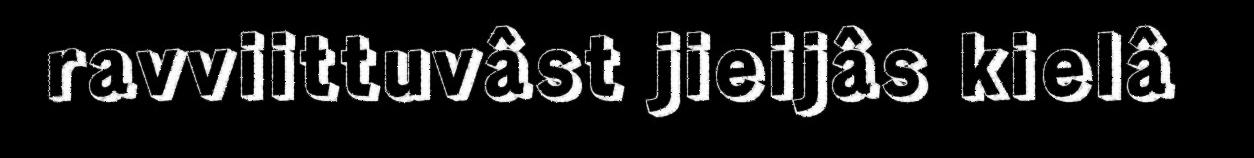
ravviittuvâst jieijâs kielâ